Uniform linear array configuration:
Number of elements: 4
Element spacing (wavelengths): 0.25
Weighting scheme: exponential
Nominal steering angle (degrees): -15
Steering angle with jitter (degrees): -13.949
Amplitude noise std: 0.05
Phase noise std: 0.05

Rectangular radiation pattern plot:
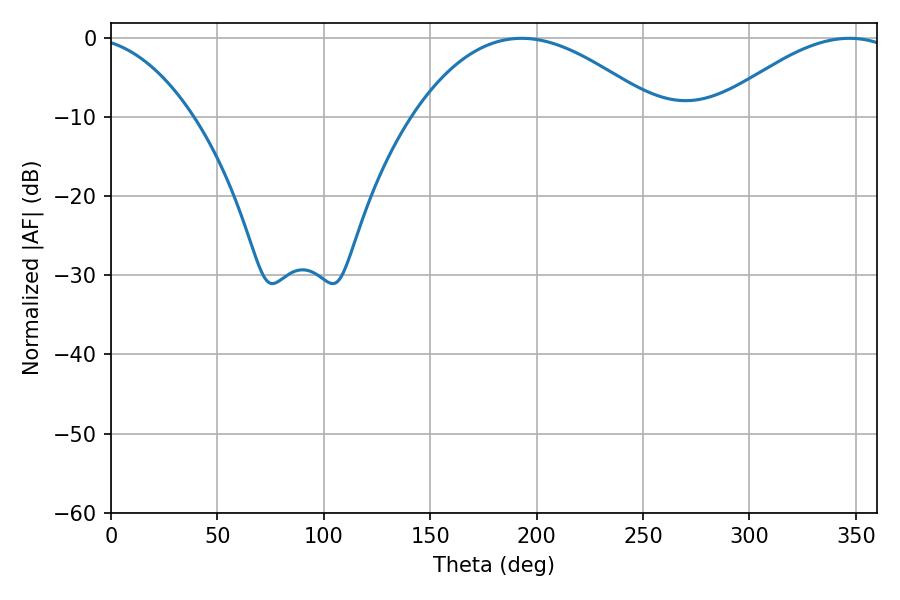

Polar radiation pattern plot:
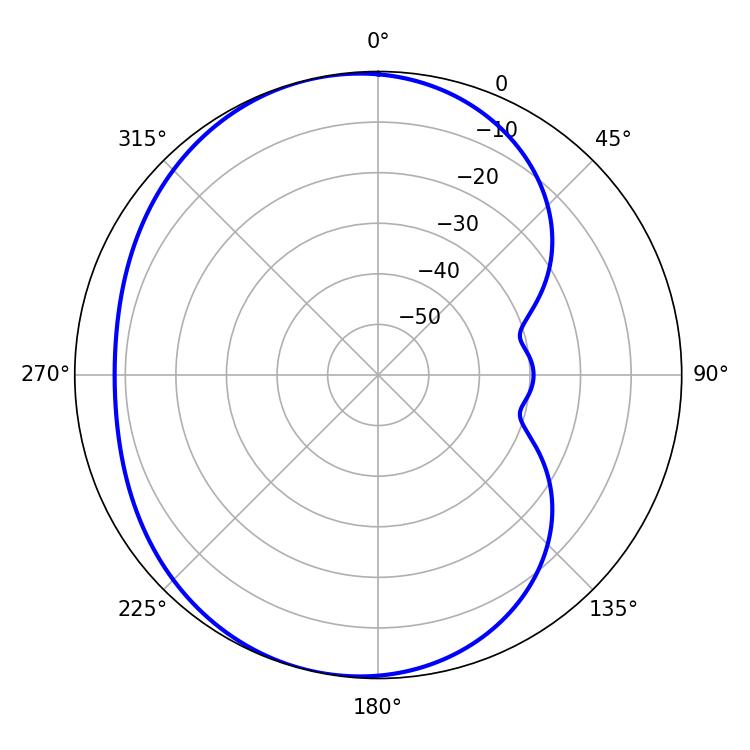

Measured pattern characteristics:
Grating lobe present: FALSE
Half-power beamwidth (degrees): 63.18
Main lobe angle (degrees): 192.96